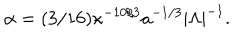
\alpha = ( 3 / 1 6 ) \kappa ^ { - 1 0 / 3 } a ^ { - 1 / 3 } | \Lambda | ^ { - 1 } .